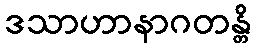
ဒသာဟာနာဂတန္တိ